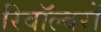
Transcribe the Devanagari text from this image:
रिवॉल्वरों